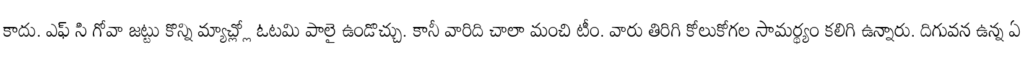
కాదు. ఎఫ్ సి గోవా జట్టు కొన్ని మ్యాచ్ల్లో ఓటమి పాలై ఉండొచ్చు. కానీ వారిది చాలా మంచి టీం. వారు తిరిగి కోలుకోగల సామర్థ్యం కలిగి ఉన్నారు. దిగువన ఉన్న ఏ